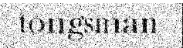
tongsman